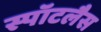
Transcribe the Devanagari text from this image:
स्पॉटलैस